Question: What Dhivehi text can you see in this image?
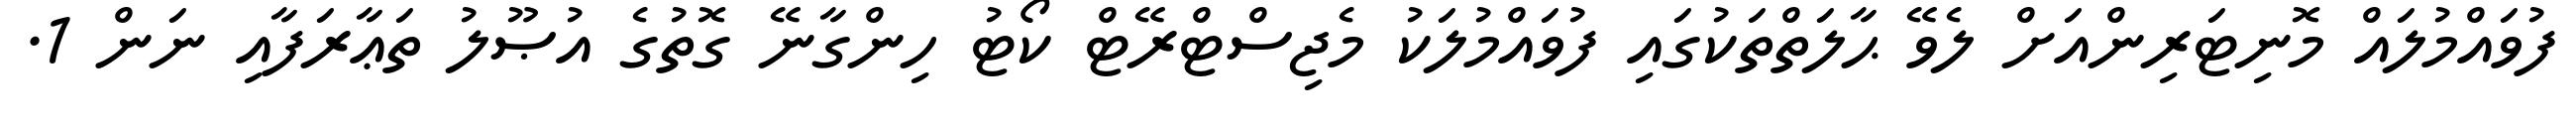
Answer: ފުވައްމުލައް މޮނިޓަރިންއަށް ލެވޭ ޙާލަތްތަކުގައި ފުވައްމުލަކު މެޖިސްޓްރޭޓް ކޯޓު ހިންގާނޭ ގޮތުގެ އުޞޫލު ތަޢާރަފާއި ނަން 1.